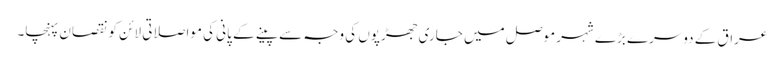
عراق کے دوسرے بڑے شہر موصل میں جاری جھڑپوں کی وجہ سے پینے کے پانی کی مواصلاتی لائن کو نقصان پہنچا۔